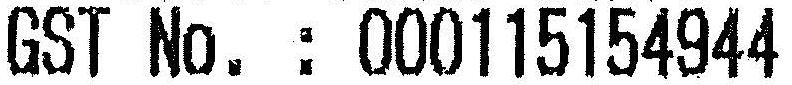
GST NO. : 000115154944